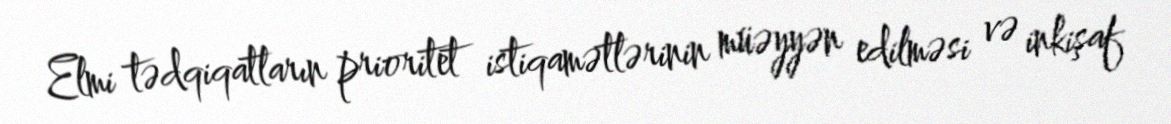
Elmi tədqiqatların prioritet istiqamətlərinin müəyyən edilməsi və inkişaf